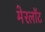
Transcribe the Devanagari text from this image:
मेरलॉट